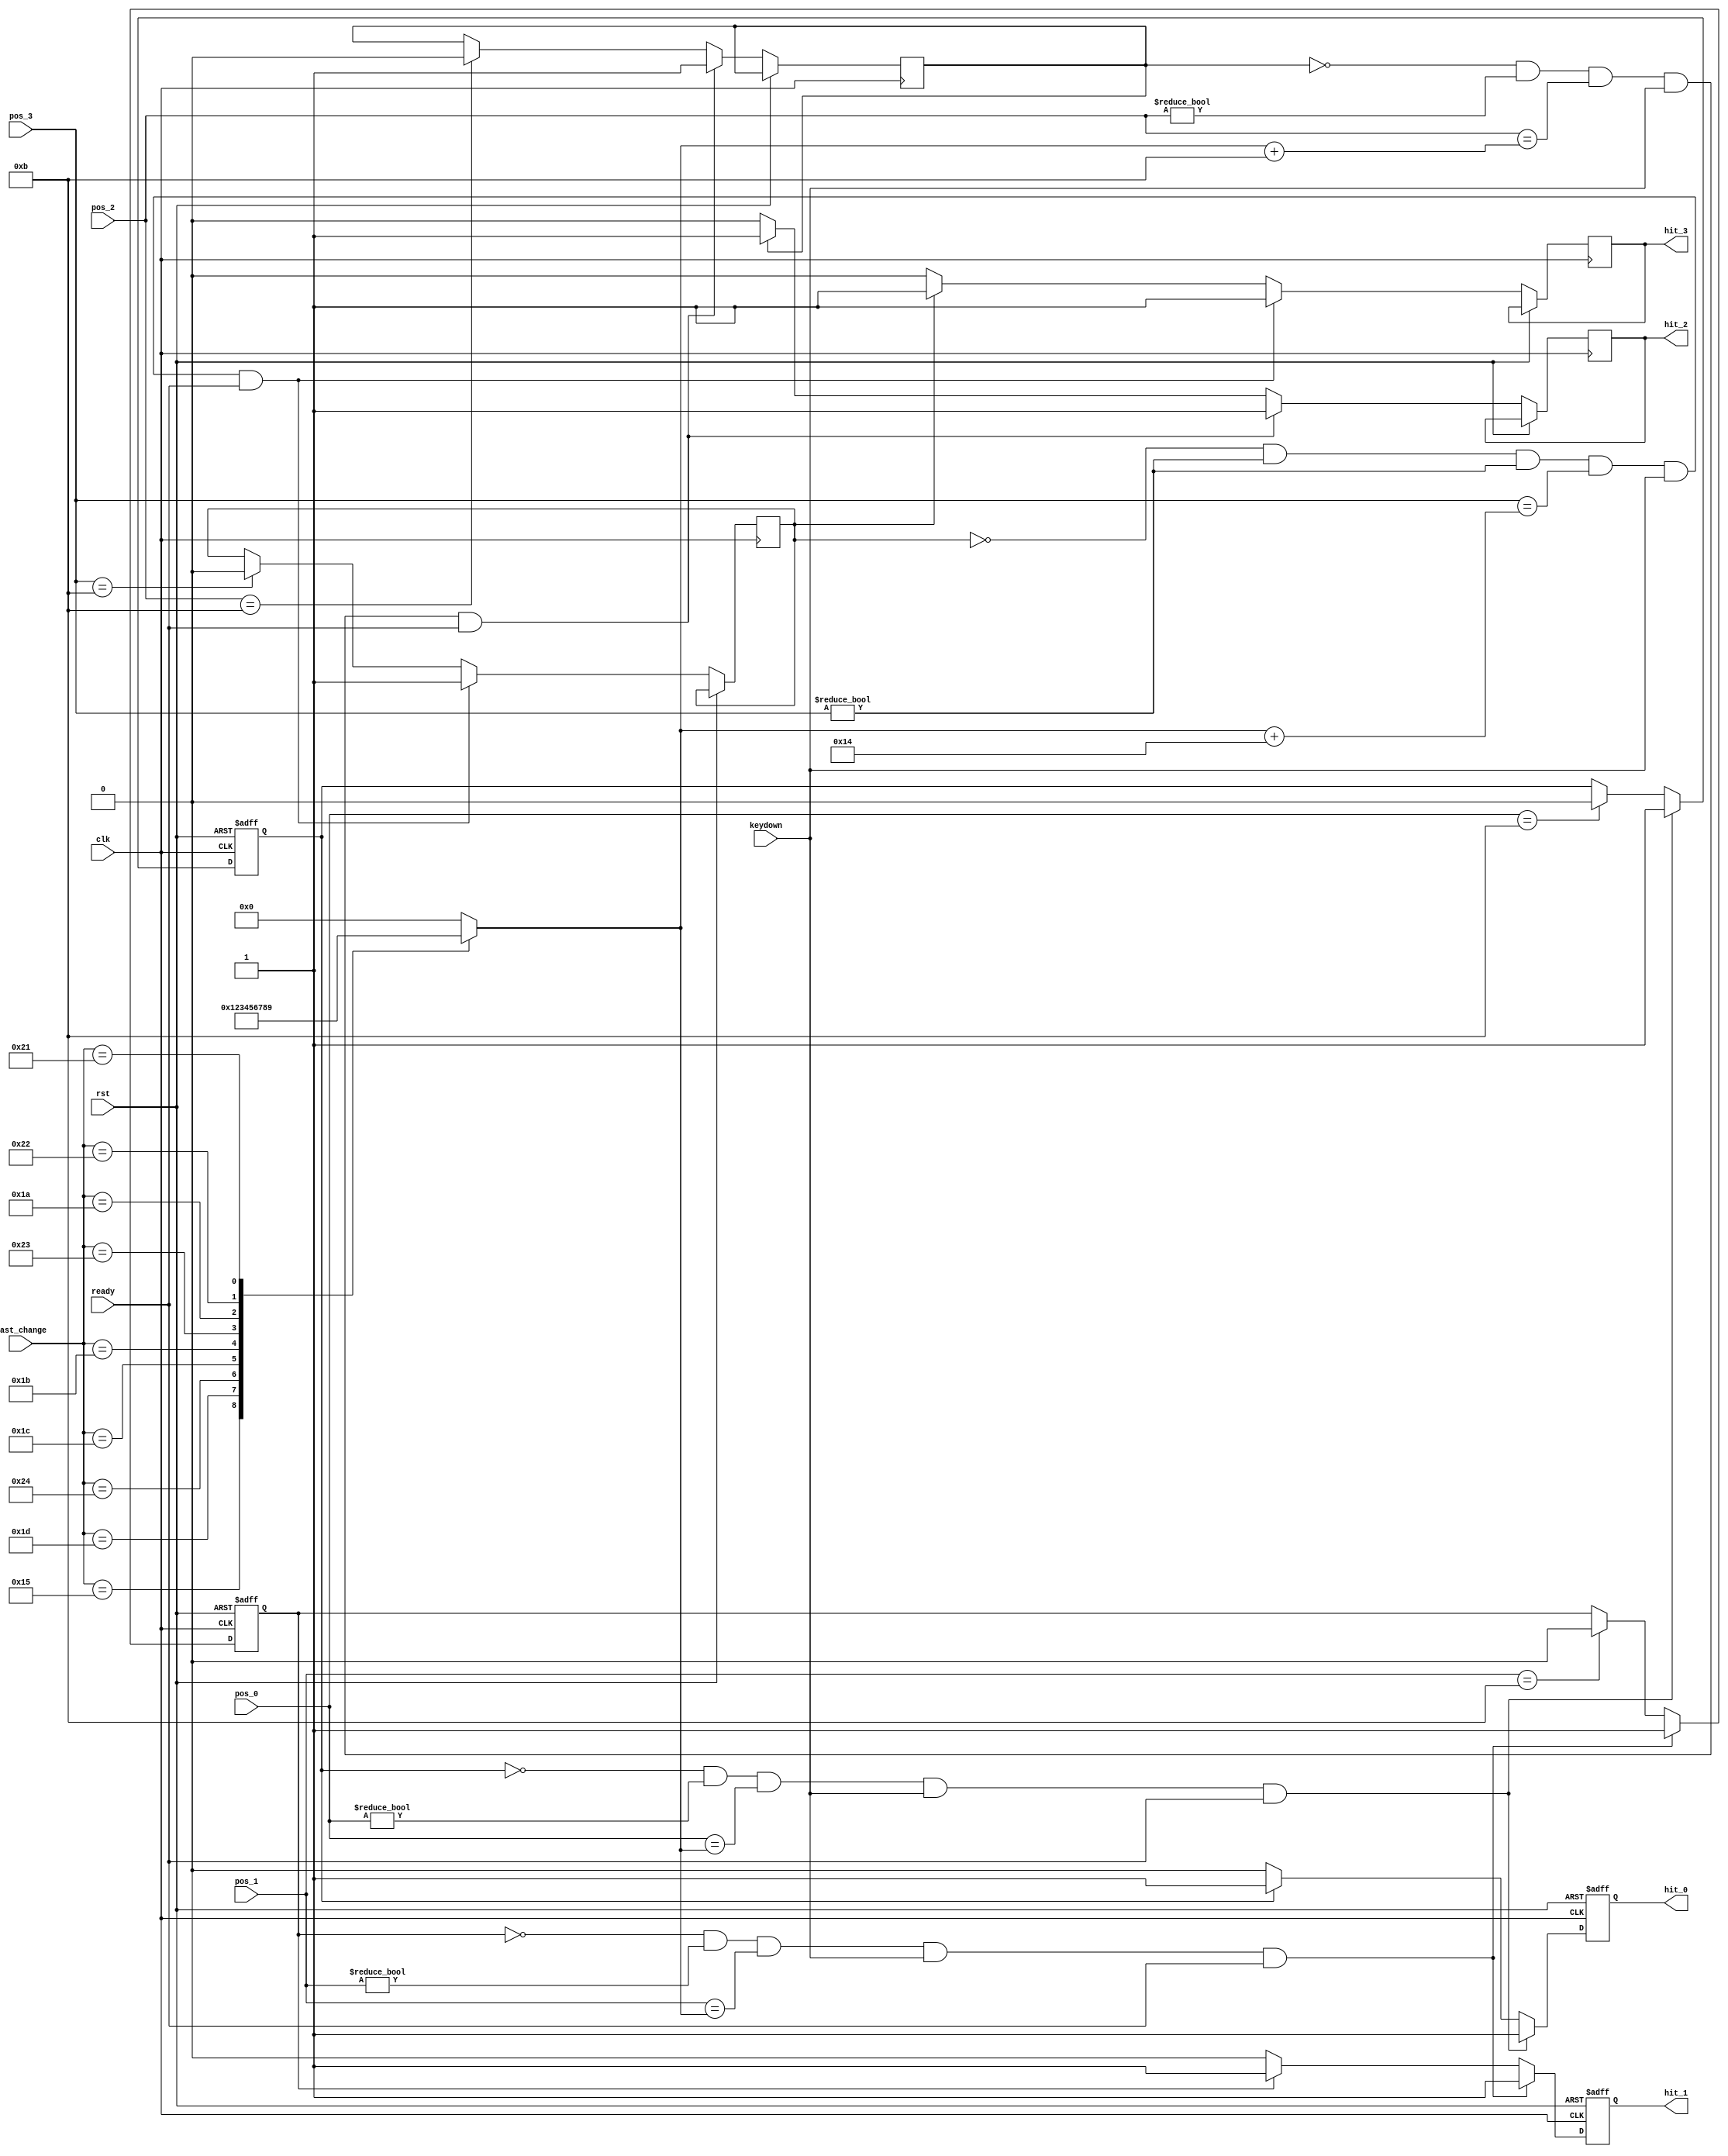
module judge (
    input clk, 
    input rst,
    input ready,
    input keydown,
    input [8:0] last_change,
    input [4:0] pos_0,
    input [4:0] pos_1,
    input [4:0] pos_2,
    input [4:0] pos_3,
    output reg hit_0,
    output reg hit_1,
    output reg hit_2,
    output reg hit_3
);

    reg [3:0] pos_hit;
    reg flag_0 = 0, flag_1 = 0, flag_2 = 0, flag_3 = 0;

    // keycodes
    parameter KEY_Q = 9'b0_0001_0101;
    parameter KEY_W = 9'b0_0001_1101;
    parameter KEY_E = 9'b0_0010_0100;
    parameter KEY_A = 9'b0_0001_1100;
    parameter KEY_S = 9'b0_0001_1011;
    parameter KEY_D = 9'b0_0010_0011;
    parameter KEY_Z = 9'b0_0001_1010;
    parameter KEY_X = 9'b0_0010_0010;
    parameter KEY_C = 9'b0_0010_0001;

    always @(posedge clk or posedge rst) begin
        if(rst) begin
            flag_0 <= 1'b0;
            flag_1 <= 1'b0;
            hit_0 <= 1'b0;
            hit_1 <= 1'b0;
        end
        else begin
            // judge_0
            if(pos_0 == 11) begin
                flag_0 <= 1'b0;
                hit_0 <= 1'b0;
            end
            if(!flag_0 && pos_0 != 0 && pos_0 == pos_hit && keydown && ready) begin
                hit_0 <= 1'b1;
                flag_0 <= 1'b1;
            end 
            else if(flag_0) hit_0 <= 1'b1;
            else hit_0 <= 1'b0;
            // judge_1
            if(pos_1 == 11) begin
                flag_1 <= 1'b0;
                hit_1 <= 1'b0;
            end
            if(!flag_1 && pos_1 != 0 && pos_1 == pos_hit && keydown && ready) begin
                hit_1 <= 1'b1;
                flag_1 <= 1'b1;
            end 
            else if(flag_1) hit_1 <= 1'b1;
            else hit_1 <= 1'b0;
            // judge_2
            if(pos_2 == 11) begin
                flag_2 <= 1'b0;
                hit_2 <= 1'b0;
            end
            if(!flag_2 && pos_2 != 0 && pos_2 == pos_hit + 11 && keydown && ready) begin
                hit_2 <= 1'b1;
                flag_2 <= 1'b1;
            end 
            else if(flag_2) hit_2 <= 1'b1;
            else hit_2 <= 1'b0;
            // judge_3
            if(pos_3 == 11) begin
                flag_3 <= 1'b0;
                hit_3 <= 1'b0;
            end
            if(!flag_3 && pos_3 != 0 && pos_3 != 0 && pos_3 == pos_hit + 20 && keydown && ready) begin
                hit_3 <= 1'b1;
                flag_3 <= 1'b1;
            end 
            else if(flag_3) hit_3 <= 1'b1;
            else hit_3 <= 1'b0;
        end
    end

    // decode
    always @(*) begin
        case(last_change) 
            KEY_Q: pos_hit = 1;
            KEY_W: pos_hit = 2;
            KEY_E: pos_hit = 3;
            KEY_A: pos_hit = 4;
            KEY_S: pos_hit = 5;
            KEY_D: pos_hit = 6;
            KEY_Z: pos_hit = 7;
            KEY_X: pos_hit = 8;
            KEY_C: pos_hit = 9;
            default: pos_hit = 0;
        endcase
    end
    
endmodule